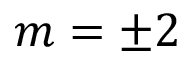
m = \pm 2